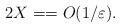
LaTeX: \begin{align*}2X = = O(1/\varepsilon).\end{align*}